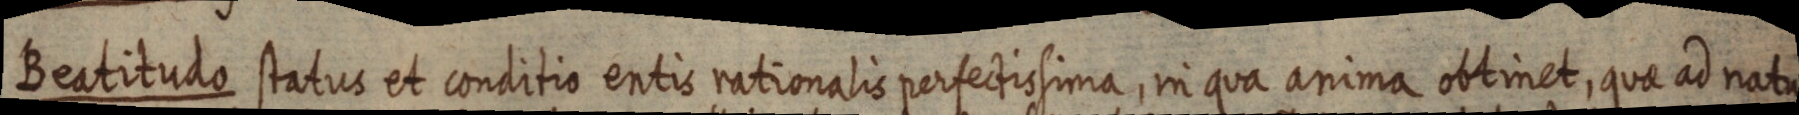
Beatitudo status et conditio entis rationalis perfectissima, in qua anima obtinet, quae ad natu